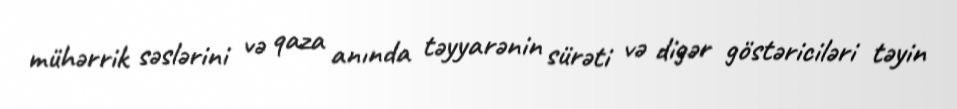
mühərrik səslərini və qaza anında təyyarənin sürəti və digər göstəriciləri təyin